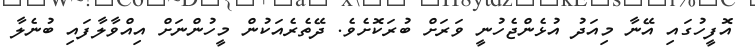
އޮފީހުގައި އޭނާ މިއަދު އުޅެންޖެހުނީ ވަރަށް ބުރަކޮށެވެ. ދޭތެރެއަކުން މީހުންނަށް އިއްވާލާފައި ބުނެލާ